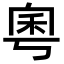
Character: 𫀫